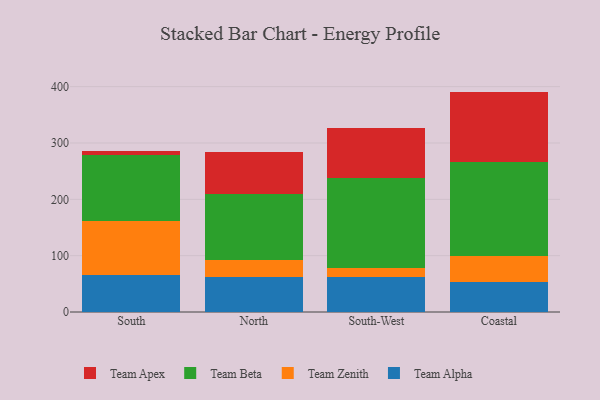
{"axis": {"x": "Region", "y": "Net Income (USD K)"}, "legend": ["Team Alpha", "Team Apex", "Team Beta", "Team Zenith"], "data": [{"x": "South", "y": 65.6, "type": "Team Alpha"}, {"x": "South", "y": 95.7, "type": "Team Zenith"}, {"x": "South", "y": 116.6, "type": "Team Beta"}, {"x": "South", "y": 8.4, "type": "Team Apex"}, {"x": "North", "y": 62.7, "type": "Team Alpha"}, {"x": "North", "y": 29.2, "type": "Team Zenith"}, {"x": "North", "y": 118.3, "type": "Team Beta"}, {"x": "North", "y": 74.3, "type": "Team Apex"}, {"x": "South-West", "y": 62.2, "type": "Team Alpha"}, {"x": "South-West", "y": 15.9, "type": "Team Zenith"}, {"x": "South-West", "y": 160.5, "type": "Team Beta"}, {"x": "South-West", "y": 88.5, "type": "Team Apex"}, {"x": "Coastal", "y": 53.4, "type": "Team Alpha"}, {"x": "Coastal", "y": 46.7, "type": "Team Zenith"}, {"x": "Coastal", "y": 166.5, "type": "Team Beta"}, {"x": "Coastal", "y": 124.6, "type": "Team Apex"}]}